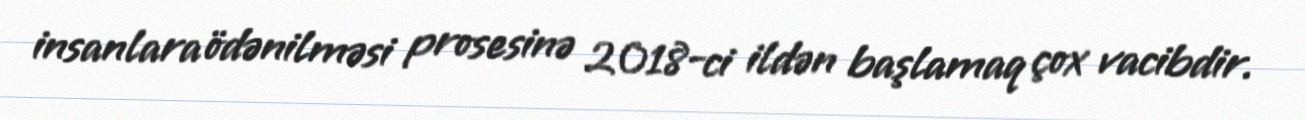
insanlara ödənilməsi prosesinə 2018-ci ildən başlamaq çox vacibdir.